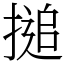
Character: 搥